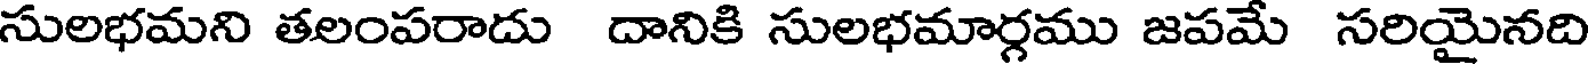
సులభమని తలంపరాదు దానికి సులభమార్గము జపమే సరియైనది